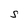
Character: S